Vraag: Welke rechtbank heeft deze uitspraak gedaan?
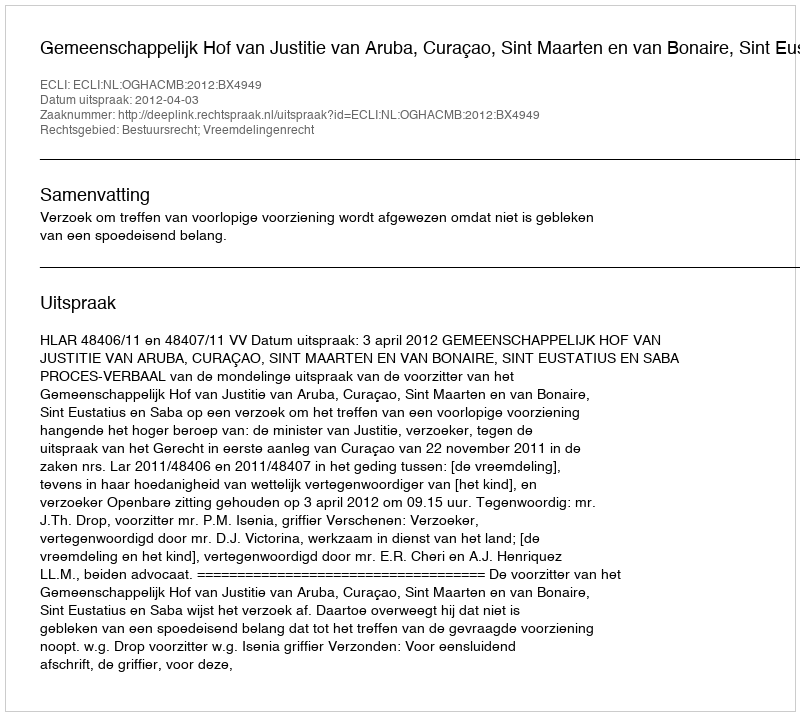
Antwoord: Gemeenschappelijk Hof van Justitie van Aruba, Curaçao, Sint Maarten en van Bonaire, Sint Eustatius en Saba